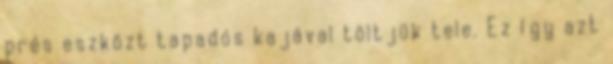
prés eszközt tapadós kajával töltjük tele. Ez így azt